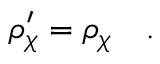
\rho _ { \chi } ^ { \prime } = \rho _ { \chi } \quad .